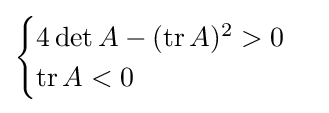
{\begin{cases}4\det A-(\operatorname {tr} A)^{2}>0\\\operatorname {tr} A<0\end{cases}}